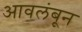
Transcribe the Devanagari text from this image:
आवलंबून